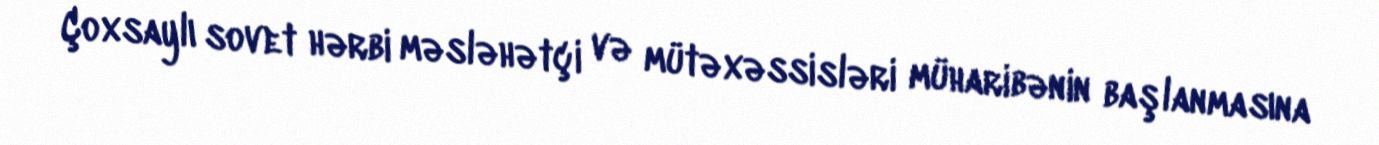
Çoxsaylı sovet hərbi məsləhətçi və mütəxəssisləri müharibənin başlanmasına